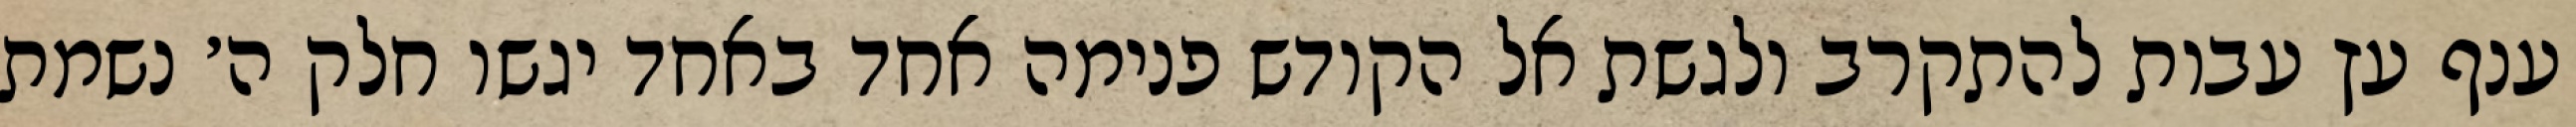
ענף עץ עבות להתקרב ולגשת אל הקודש פנימה אחד באחד יגשו חלק ה׳ נשמת